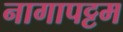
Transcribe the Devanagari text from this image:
नागापट्टम